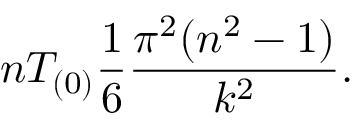
n T _ { ( 0 ) } { \frac { 1 } { 6 } } { \frac { \pi ^ { 2 } ( n ^ { 2 } - 1 ) } { k ^ { 2 } } } .